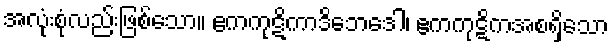
အလုံးစုံလည်းဖြစ်သော။ ဧကကုဋိကာဒိဘေဒေါ၊ ဧကကုဋိကအစရှိသော